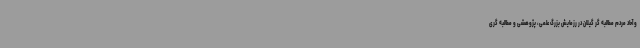
و آحاد مردم مطالبه گر گیلان در رزمایش بزرگ علمی، پژوهشی و مطالبه گری